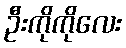
ဦးကိုကိုလေး